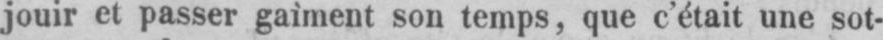
jouir et passer gaîment son temps, que c’était une sot-